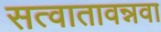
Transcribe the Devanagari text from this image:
सत्वातावन्नवा